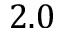
2 . 0